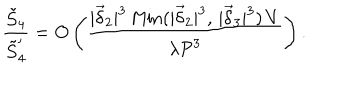
LaTeX: \frac { \tilde { S } _ { 4 } } { \tilde { S } _ { 4 } ^ { \prime } } = O \left( \frac { | \vec { \delta } _ { 2 } | ^ { 3 } \, \mathrm { M i n } ( | \vec { \delta } _ { 2 } | ^ { 3 } , \, | \vec { \delta } _ { 3 } | ^ { 3 } ) \, V } { \lambda { \cal P } ^ { 3 } } \right) .